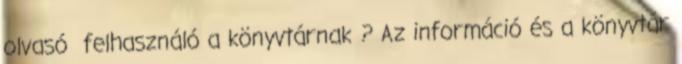
olvasó felhasználó a könyvtárnak ? Az információ és a könyvtár